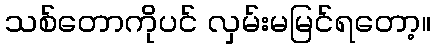
သစ်တောကိုပင် လှမ်းမမြင်ရတော့။